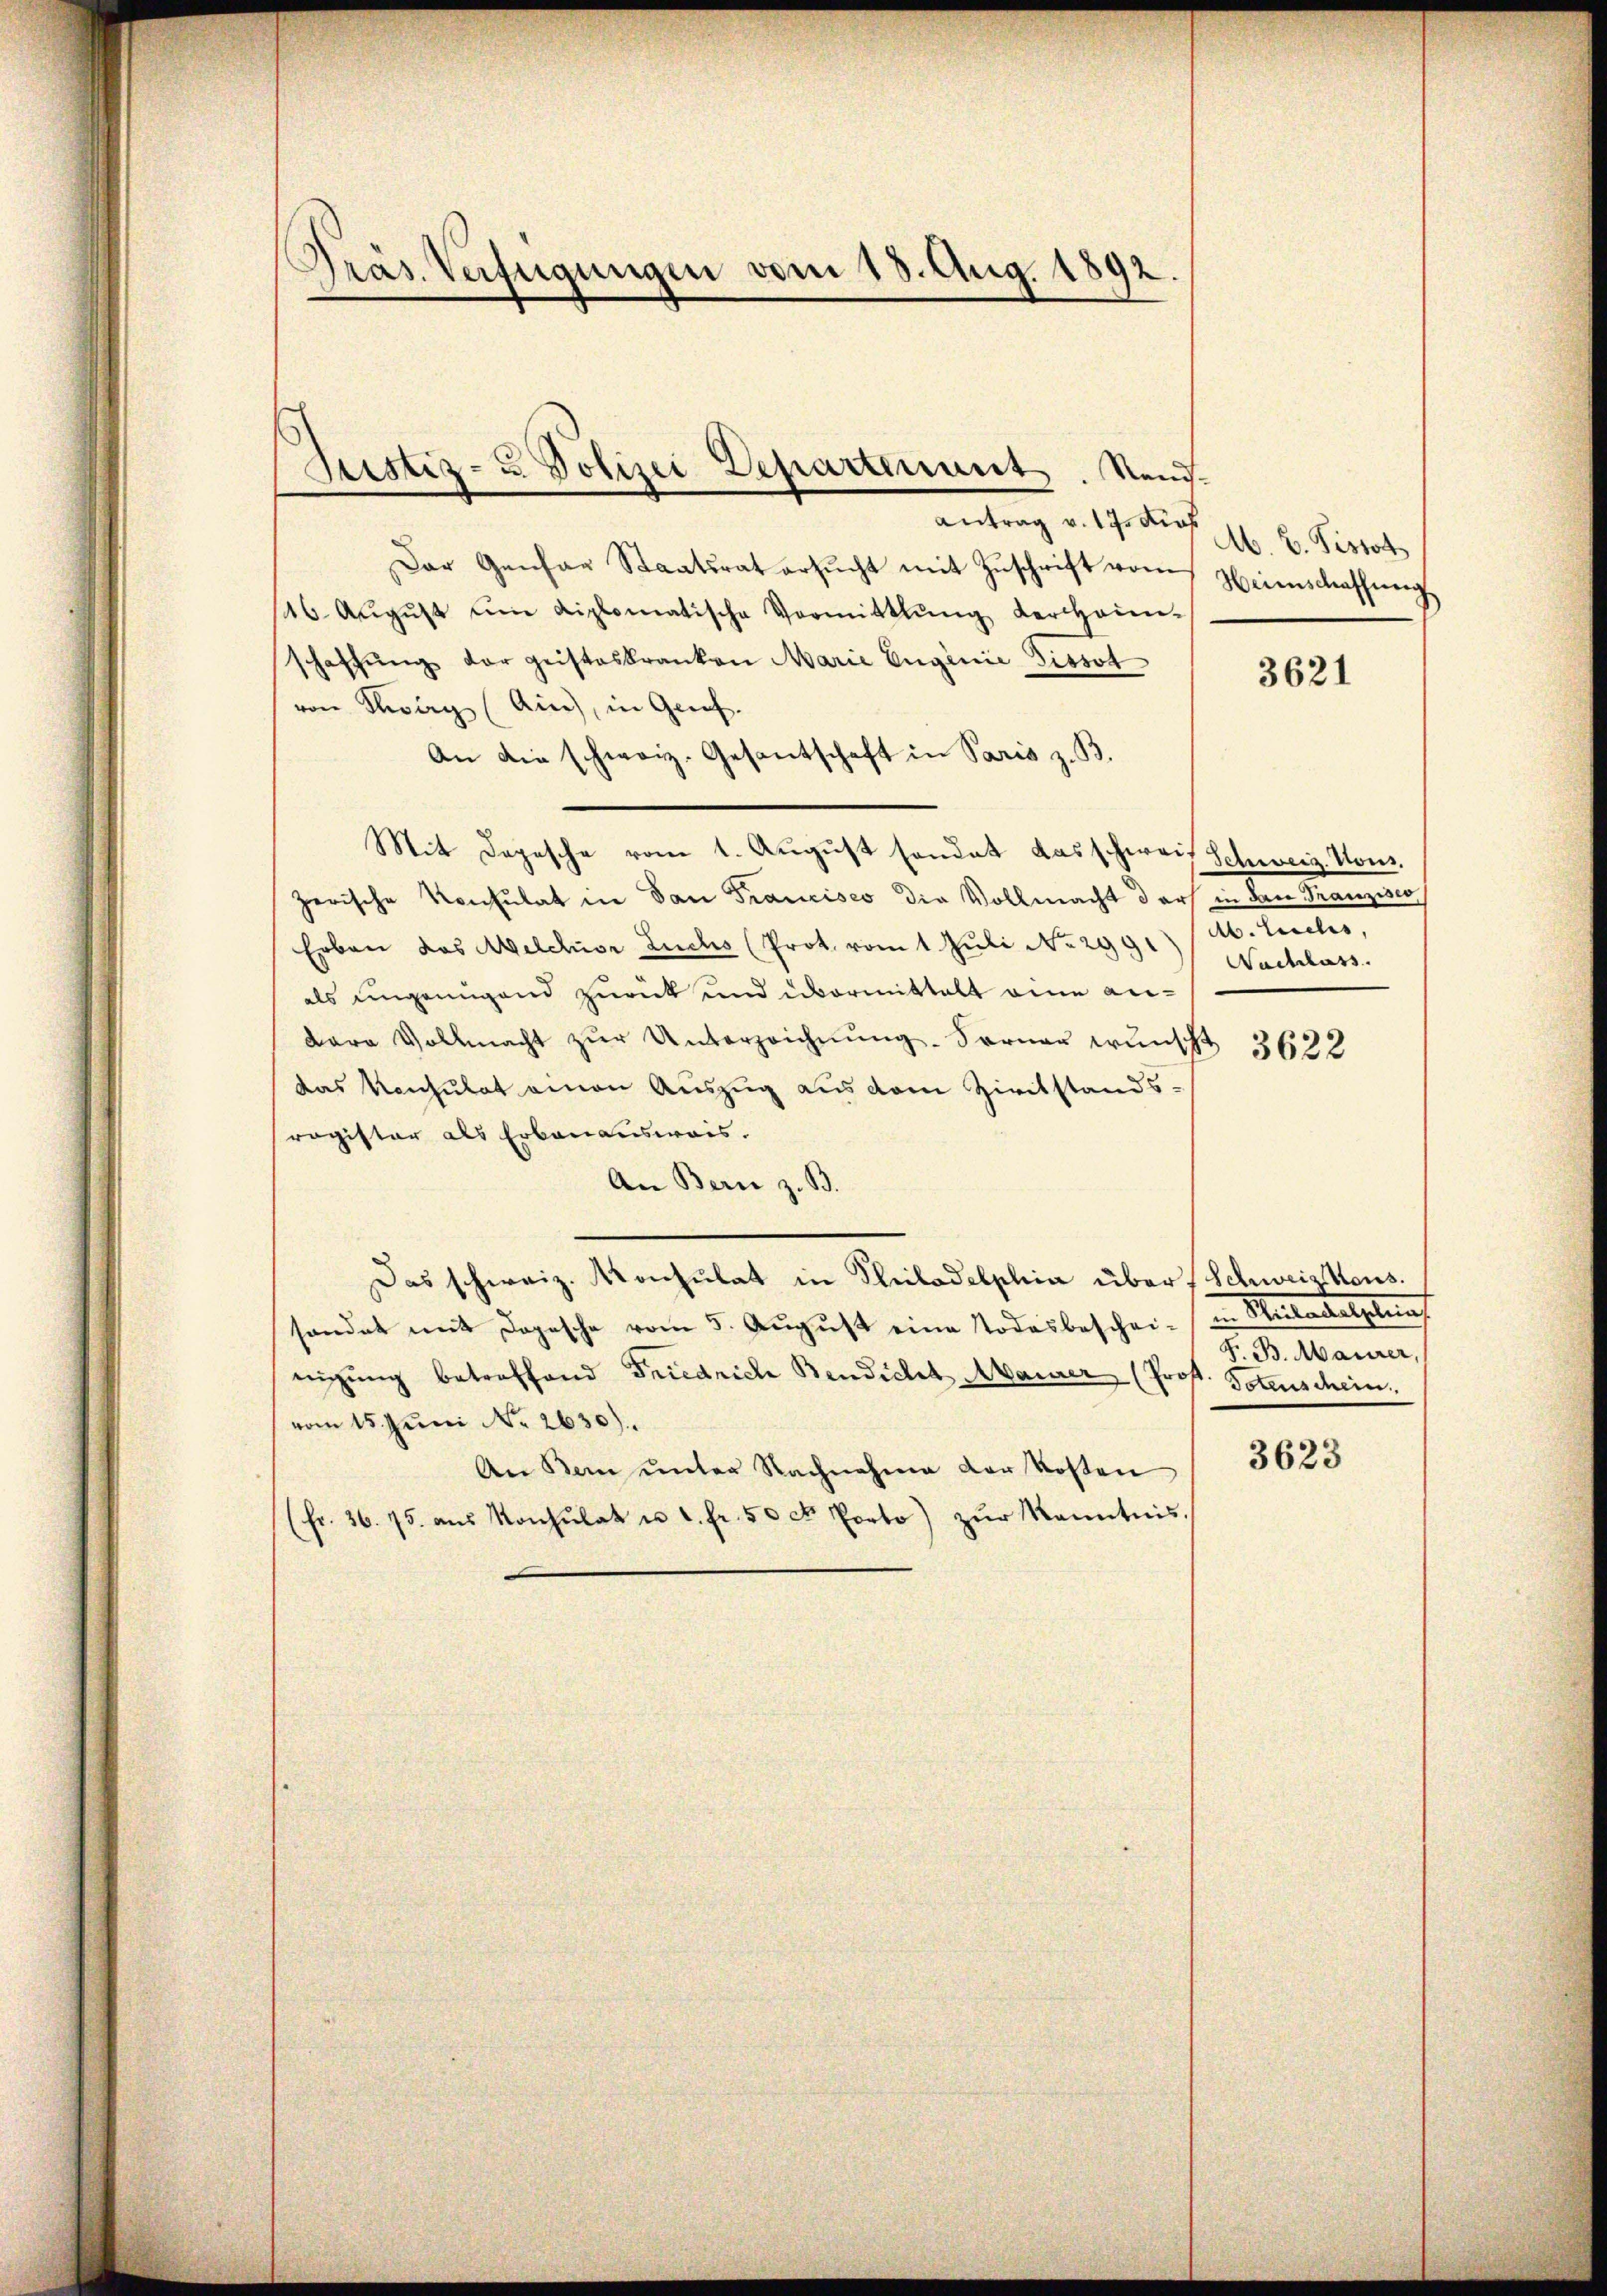
Präs. Verfügungen vom 13. Aug. 1892.

Justiz- u Polizei Departenant. Nand¬

Antrag v. 17. Kraf
Der Genfar Staatsrat ersŭcht mit Zŭschrift vom
16. Aŭgŭst ŭm diplomatische Vormittlung der hain-
schaffŭng der geisteskranken Marie Eugenie Tissot
von Sarg (Ain), in Genf.
An die schweiz. Gesantschaft in Paris z. B.
Mit Depesche vom 1. August sondet das schweiz Schweiz. Kons.
zerische Konsulat in San Francisco die Vollmacht der
Erben das Melchior Luchs (Prot. vom 1. Juli No 2991/A. Tuches,
als ungenügend zurück und übermittelt eine an¬
Bara Vollmacht zŭr Unterzeichnŭng. Ferner wünscht 3633
das Konsulat einen Auszug aus dem Zivilstands-
ragister als Erbauensweis.
An Bern z. B.
Das schweiz. Konsulat in Kleiladelphia über Schweiz. Kons.
sonder mit Depesche vom 5. August eine Todesbeschei- in Rükacellenf
nigung betroffend Friedrich Bendicht Maurer (Prof. Totenschein.
vom 15. Juni No 2630).
An Dein unter Nachnahme der Kosten
fr. 36. 75. aŭs Konsulat u. c. fr. 50 ct. Porto) zŭr Kenntnis.

M. B. Pistot
Heimschaffung

3621

in Dr Franziser
Nachlass.

F. B. Maurer,

3623